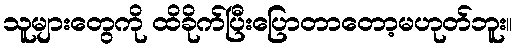
သူများတွေကို ထိခိုက်ပြီးပြောတာတော့မဟုတ်ဘူး။